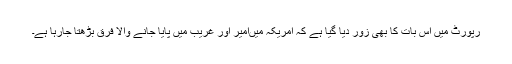
رپورٹ میں اس بات کا بھی زور دیا گیا ہے کہ امریکہ میںامیر اور غریب میں پایا جانے والا فرق بڑھتا جارہا ہے۔